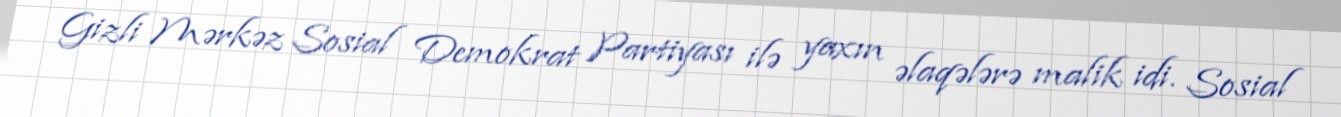
Gizli Mərkəz Sosial Demokrat Partiyası ilə yaxın əlaqələrə malik idi. Sosial